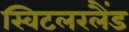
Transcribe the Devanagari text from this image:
स्विटलरलैंड